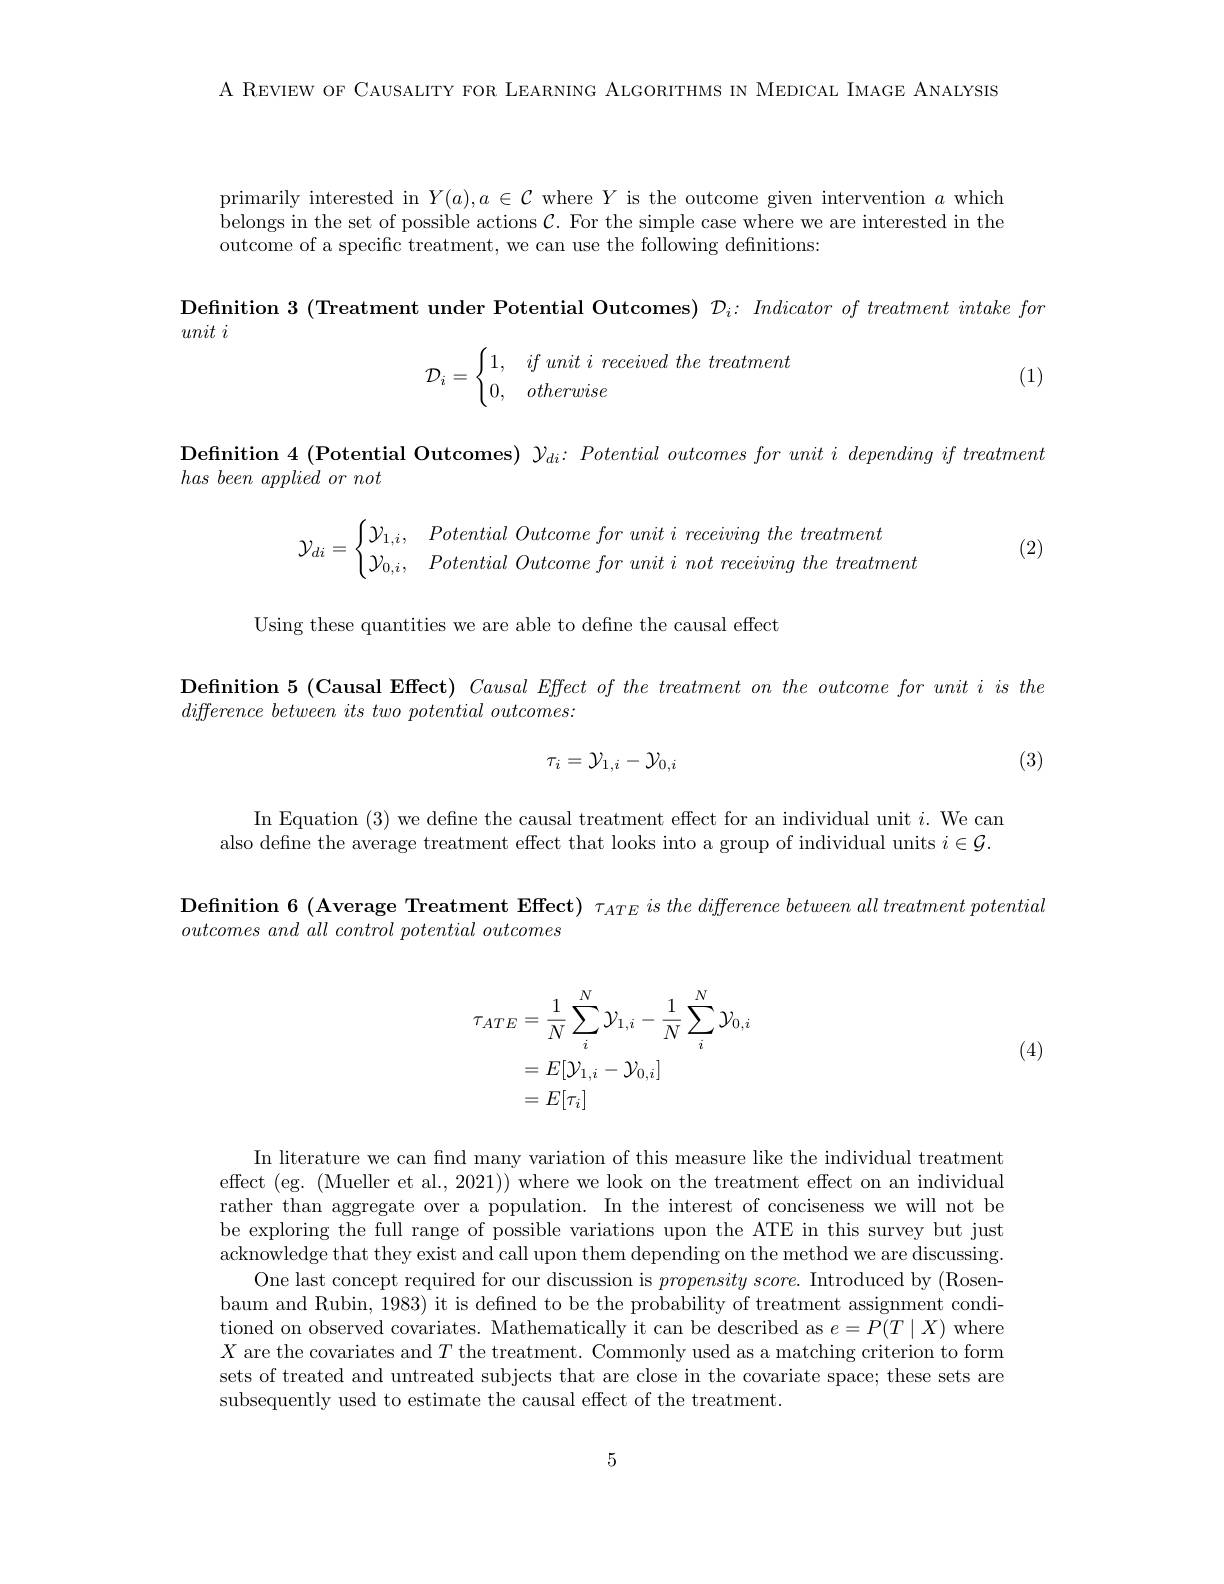
A REVIEW OF CAUSALITY FOR LEARNING ALGORITHMS IN MEDICAL IMAGE ANALYSIS

primarily interested in $Y(a),a\in\mathcal{C}$ where $Y$ is the outcome given intervention $a$ which belongs in the set of possible actions $\mathcal{C}.$ For the simple case where we are interested in the outcome of a specific treatment, we can use the following defnitions:

$\textbf{Definition 3 ( Treatment under Potential Outcomes) }\mathcal{D} _{i}{: }\textit{Indicator of treatment intake for}$

unit $i$
$$\mathcal{D}_i=\begin{cases}1,&if\:unit\:i\:received\:the\:treatment\\0,&otherwise\end{cases}$$
(1)

Definition 4 (Potential Outcomes) $\mathcal{Y} _di: \textit{ Potential outcomes for unit i depending if treatment}$
$has\textit{ been applied or not}$
$$\mathcal{Y}_{di}=\begin{cases}\mathcal{Y}_{1,i},&Potential\:Outcome\:for\:unit\:i\:receiving\:the\:treatment\\\mathcal{Y}_{0,i},&Potential\:Outcome\:for\:unit\:i\:not\:receiving\:the\:treatment\end{cases}$$
(2)

Using these quantities we are able to define the causal effect

Definition 5 (Causal Effect) Causal Effect of the treatment on the outcome for unit i is the
$difference\textit{between its two potential outcomes: }$
$$\tau_i=\mathcal{Y}_{1,i}-\mathcal{Y}_{0,i}$$
(3)

In Equation (3) we define the causal treatment effect for an individual unit $i.$ We can also define the average treatment effect that looks into a group of individual units $i\in\mathcal{G}.$

$\textbf{Definition 6 }($Average Treatment Effect) $\tau _{ATE}is\textit{the difference between all treatment potential}$
$outcomes\textit{ and all control potential outcomes}$

(4)
$$\begin{aligned}\tau_{ATE}&=\frac1N\sum_i^N\mathcal{Y}_{1,i}-\frac1N\sum_i^N\mathcal{Y}_{0,i}\\&=E[\mathcal{Y}_{1,i}-\mathcal{Y}_{0,i}]\\&=E[\tau_{i}]\end{aligned}$$
In literature we can find many variation of this measure like the individual treatment effect (eg. (Mueller et al., 2021)) where we look on the treatment effect on an individual rather than aggregate over a population. In the interest of conciseness we will not be be exploring the full range of possible variations upon the ATE in this survey but just acknowledge that they exist and call upon them depending on the method we are discussing.
One last concept required for our discussion is $propensityscore.$ Introduced by (Rosenbaum and Rubin, 1983) it is defined to be the probability of treatment assignment conditioned on observed covariates. Mathematically it can be described as $e=P(T\mid X)$ where $X$ are the covariates and $T$ the treatment. Commonly used as a matching criterion to form sets of treated and untreated subjects that are close in the covariate space; these sets are subsequently used to estimate the causal effect of the treatment.

5